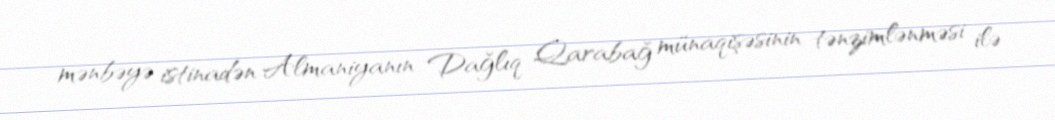
mənbəyə istinadən Almaniyanın Dağlıq Qarabağ münaqişəsinin tənzimlənməsi ilə